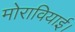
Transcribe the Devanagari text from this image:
मोरावियाई।